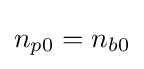
n_{p0}=n_{b0}